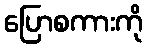
ပြောစကားကို